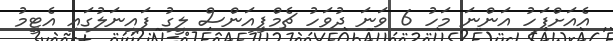
އެއަށްފަހު އަންނަ މަހު 6 ވަނަ ދުވަހު ޗެމްޕިއަންސް ލީގު ފައިނަލުގައި އެޓީމު